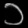
Digit: ၁